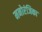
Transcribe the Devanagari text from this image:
मनोरंजिका